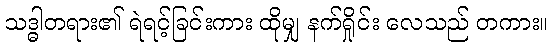
သဒ္ဓါတရား၏ ရဲရင့်ခြင်းကား ထိုမျှ နက်ရှိုင်း လေသည် တကား။